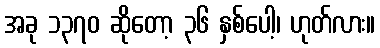
အခု ၁၃၇၀ ဆိုတော့ ၃၆ နှစ်ပေါ့၊ ဟုတ်လား။